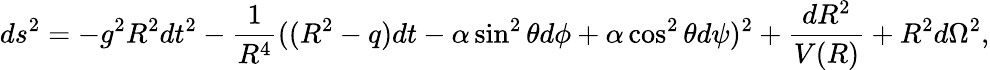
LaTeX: ds^{2}=-g^{2}R^{2}dt^{2}-\frac{1}{R^{4}}((R^{2}-q)dt-\alpha\sin^{2}\theta d\phi+\alpha\cos^{2}\theta d\psi)^{2}+\frac{dR^{2}}{V(R)}+R^{2}d\Omega^{2},